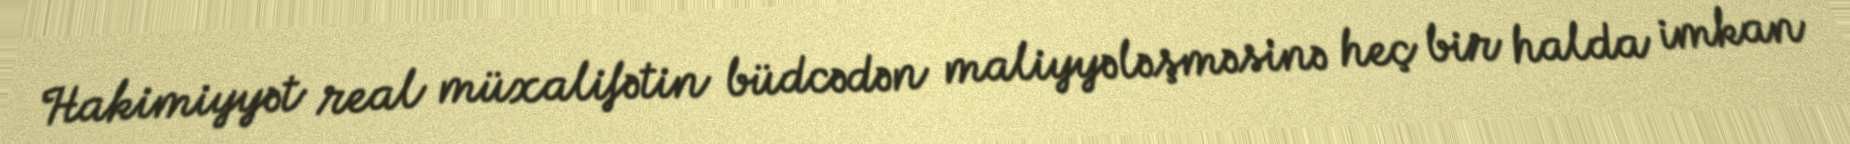
Hakimiyyət real müxalifətin büdcədən maliyyələşməsinə heç bir halda imkan